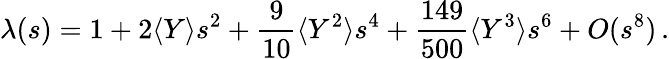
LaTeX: \lambda(s)=1+2\langle Y\rangle s^{2}+\frac{9}{10}\langle Y^{2}\rangle s^{4}+\frac{149}{500}\langle Y^{3}\rangle s^{6}+O(s^{8})\, .